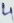
Text: 4